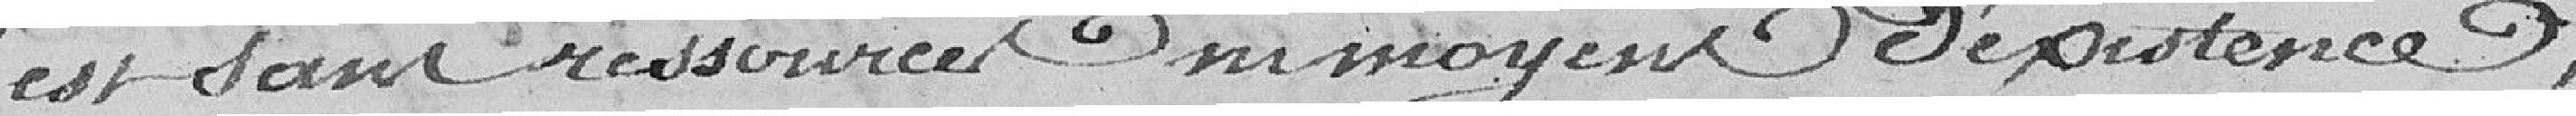
est sans ressources ni moyens d'existence.